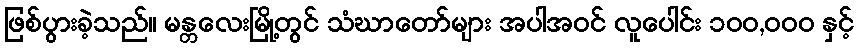
ဖြစ်ပွားခဲ့သည်။ မန္တလေးမြို့တွင် သံဃာတော်များ အပါအဝင် လူပေါင်း ၁၀၀,၀၀၀ နှင့်